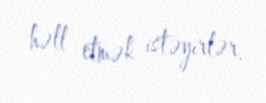
həll etmək istəyirlər.